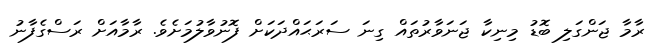
ރާމާ ޖަންގަލި ބޮޑު މިނިކާ ޖަނަވާރުތައް ގިނަ ސަރަޙައްދަކަށް ފޮނުވާލުމަށެވެ. ރާމާއަށް ރަސްގެފާނު